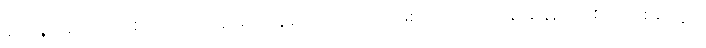
နိဟွန်း ဆိုသည့် စကားလုံးအား ပုံမှန်စကားလုံး အဖြစ် အသုံးပြုနေ ချိန်၌ တစ်ခါတစ်ရံတွင်